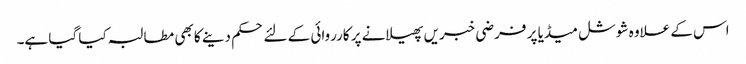
اس کے علاوہ شوشل میڈیا پر فرضی خبریں پھیلانے پر کارروائی کے لئے حکم دینے کا بھی مطالبہ کیا گیا ہے۔